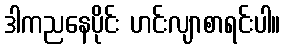
ဒါကညနေပိုင်း ဟင်းလျာစာရင်းပါ။